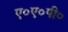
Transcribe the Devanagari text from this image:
ए०ए०पी०